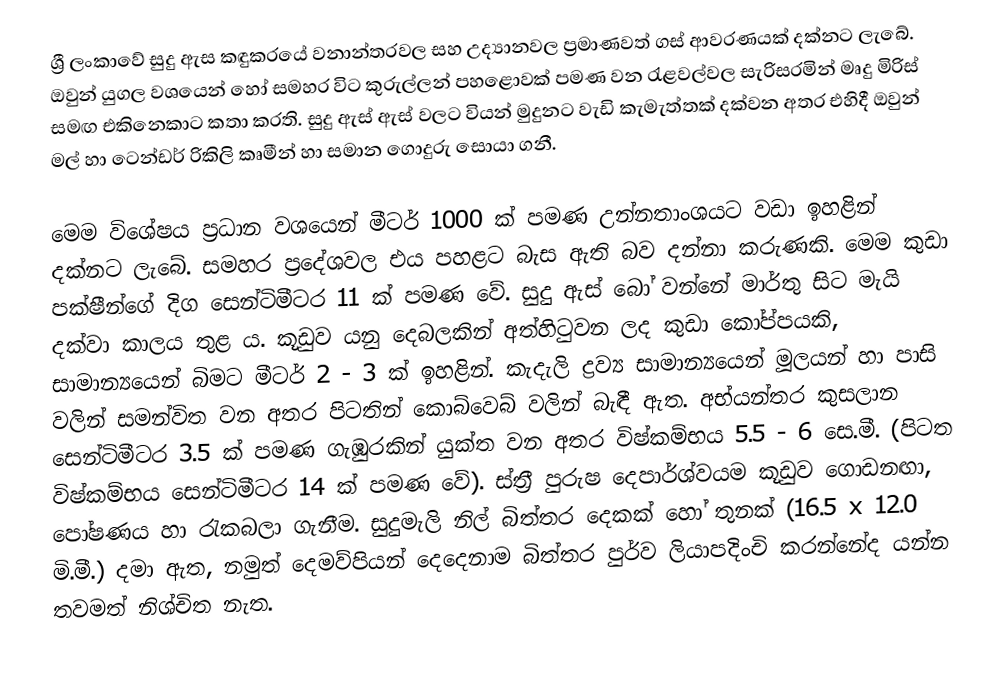
ශ්‍රී ලංකාවේ සුදු ඇස කඳුකරයේ වනාන්තරවල සහ උද්‍යානවල ප්‍රමාණවත් ගස් ආවරණයක් දක්නට ලැබේ. ඔවුන් යුගල වශයෙන් හෝ සමහර විට කුරුල්ලන් පහළොවක් පමණ වන රැළවල්වල සැරිසරමින් මෘදු මිරිස් සමඟ එකිනෙකාට කතා කරති. සුදු ඇස් ඇස් වලට වියන් මුදුනට වැඩි කැමැත්තක් දක්වන අතර එහිදී ඔවුන් මල් හා ටෙන්ඩර් රිකිලි කෘමීන් හා සමාන ගොදුරු සොයා ගනී.

 මෙම විශේෂය ප්‍රධාන වශයෙන් මීටර් 1000 ක් පමණ උන්නතාංශයට වඩා ඉහළින් දක්නට ලැබේ. සමහර ප්‍රදේශවල එය පහළට බැස ඇති බව දන්නා කරුණකි. මෙම කුඩා පක්ෂීන්ගේ දිග සෙන්ටිමීටර 11 ක් පමණ වේ. සුදු ඇස් බෝ වන්නේ මාර්තු සිට මැයි දක්වා කාලය තුළ ය. කූඩුව යනු දෙබලකින් අත්හිටුවන ලද කුඩා කෝප්පයකි, සාමාන්‍යයෙන් බිමට මීටර් 2 - 3 ක් ඉහළින්. කැදැලි ද්‍රව්‍ය සාමාන්‍යයෙන් මූලයන් හා පාසි වලින් සමන්විත වන අතර පිටතින් කොබ්වෙබ් වලින් බැඳී ඇත. අභ්යන්තර කුසලාන සෙන්ටිමීටර 3.5 ක් පමණ ගැඹුරකින් යුක්ත වන අතර විෂ්කම්භය 5.5 - 6 සෙ.මී. (පිටත විෂ්කම්භය සෙන්ටිමීටර 14 ක් පමණ වේ). ස්ත්‍රී පුරුෂ දෙපාර්ශ්වයම කූඩුව ගොඩනඟා, පෝෂණය හා රැකබලා ගැනීම. සුදුමැලි නිල් බිත්තර දෙකක් හෝ තුනක් (16.5 x 12.0 මි.මී.) දමා ඇත, නමුත් දෙමව්පියන් දෙදෙනාම බිත්තර පුර්ව ලියාපදිංචි කරන්නේද යන්න තවමත් නිශ්චිත නැත.